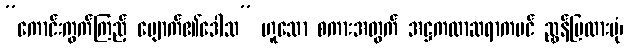
”ကောင်းကွက်ကြည့် ပျောက်၏ဒေါသ” ဟူသော စကားအတွက် အဋ္ဌကထာဆရာကပင် ညွှန်ပြထားပုံ၊